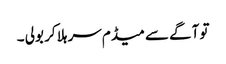
تو آگے سے میڈم سر ہلا کر بولی ۔